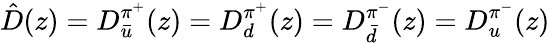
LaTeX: \hat{D}(z)=D_{\bar{u}}^{\pi^{+}}(z)=D_{d}^{\pi^{+}}(z)=D_{\bar{d}}^{\pi^{-}}(z)=D_{u}^{\pi^{-}}(z)